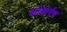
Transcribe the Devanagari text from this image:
कोषार्पण